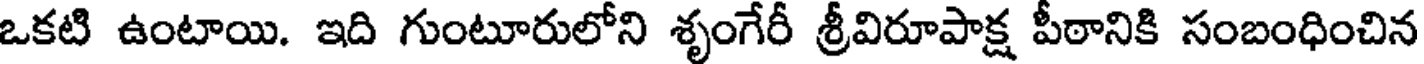
ఒకటి ఉంటాయి. ఇది గుంటూరులోని శృంగేరీ శ్రీవిరూపాక్ష పీఠానికి సంబంధించిన